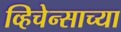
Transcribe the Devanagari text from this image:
व्हिचेन्साच्या